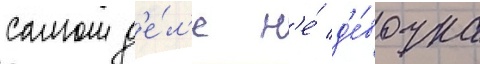
самом д'е́л'е н'е́ д'е́вочка